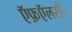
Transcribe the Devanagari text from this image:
ऍफ़ऍलसी